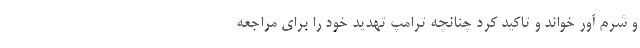
و شرم آور خواند و تاکید کرد چنانچه ترامپ تهدید خود را برای مراجعه